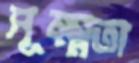
সূক্ষ্মতা